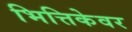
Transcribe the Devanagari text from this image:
भित्तिकेवर